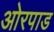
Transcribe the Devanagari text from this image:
ओरपाड